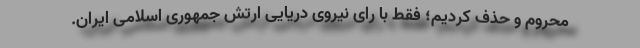
محروم و حذف کردیم؛ فقط با رای نیروی دریایی ارتش جمهوری اسلامی ایران.